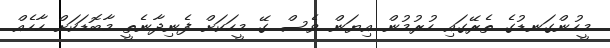
މީހުންގަނޑުގެ ތެރޭގައި ހުރުމުން އިޔަން ވެސް ގޭ މީހަކަށް ފެނިދާނެތީ މާބޮޑަކަށް ހާހެއް